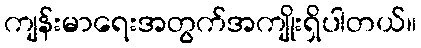
ကျန်းမာရေးအတွက်အကျိုးရှိပါတယ်။